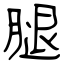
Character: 腿